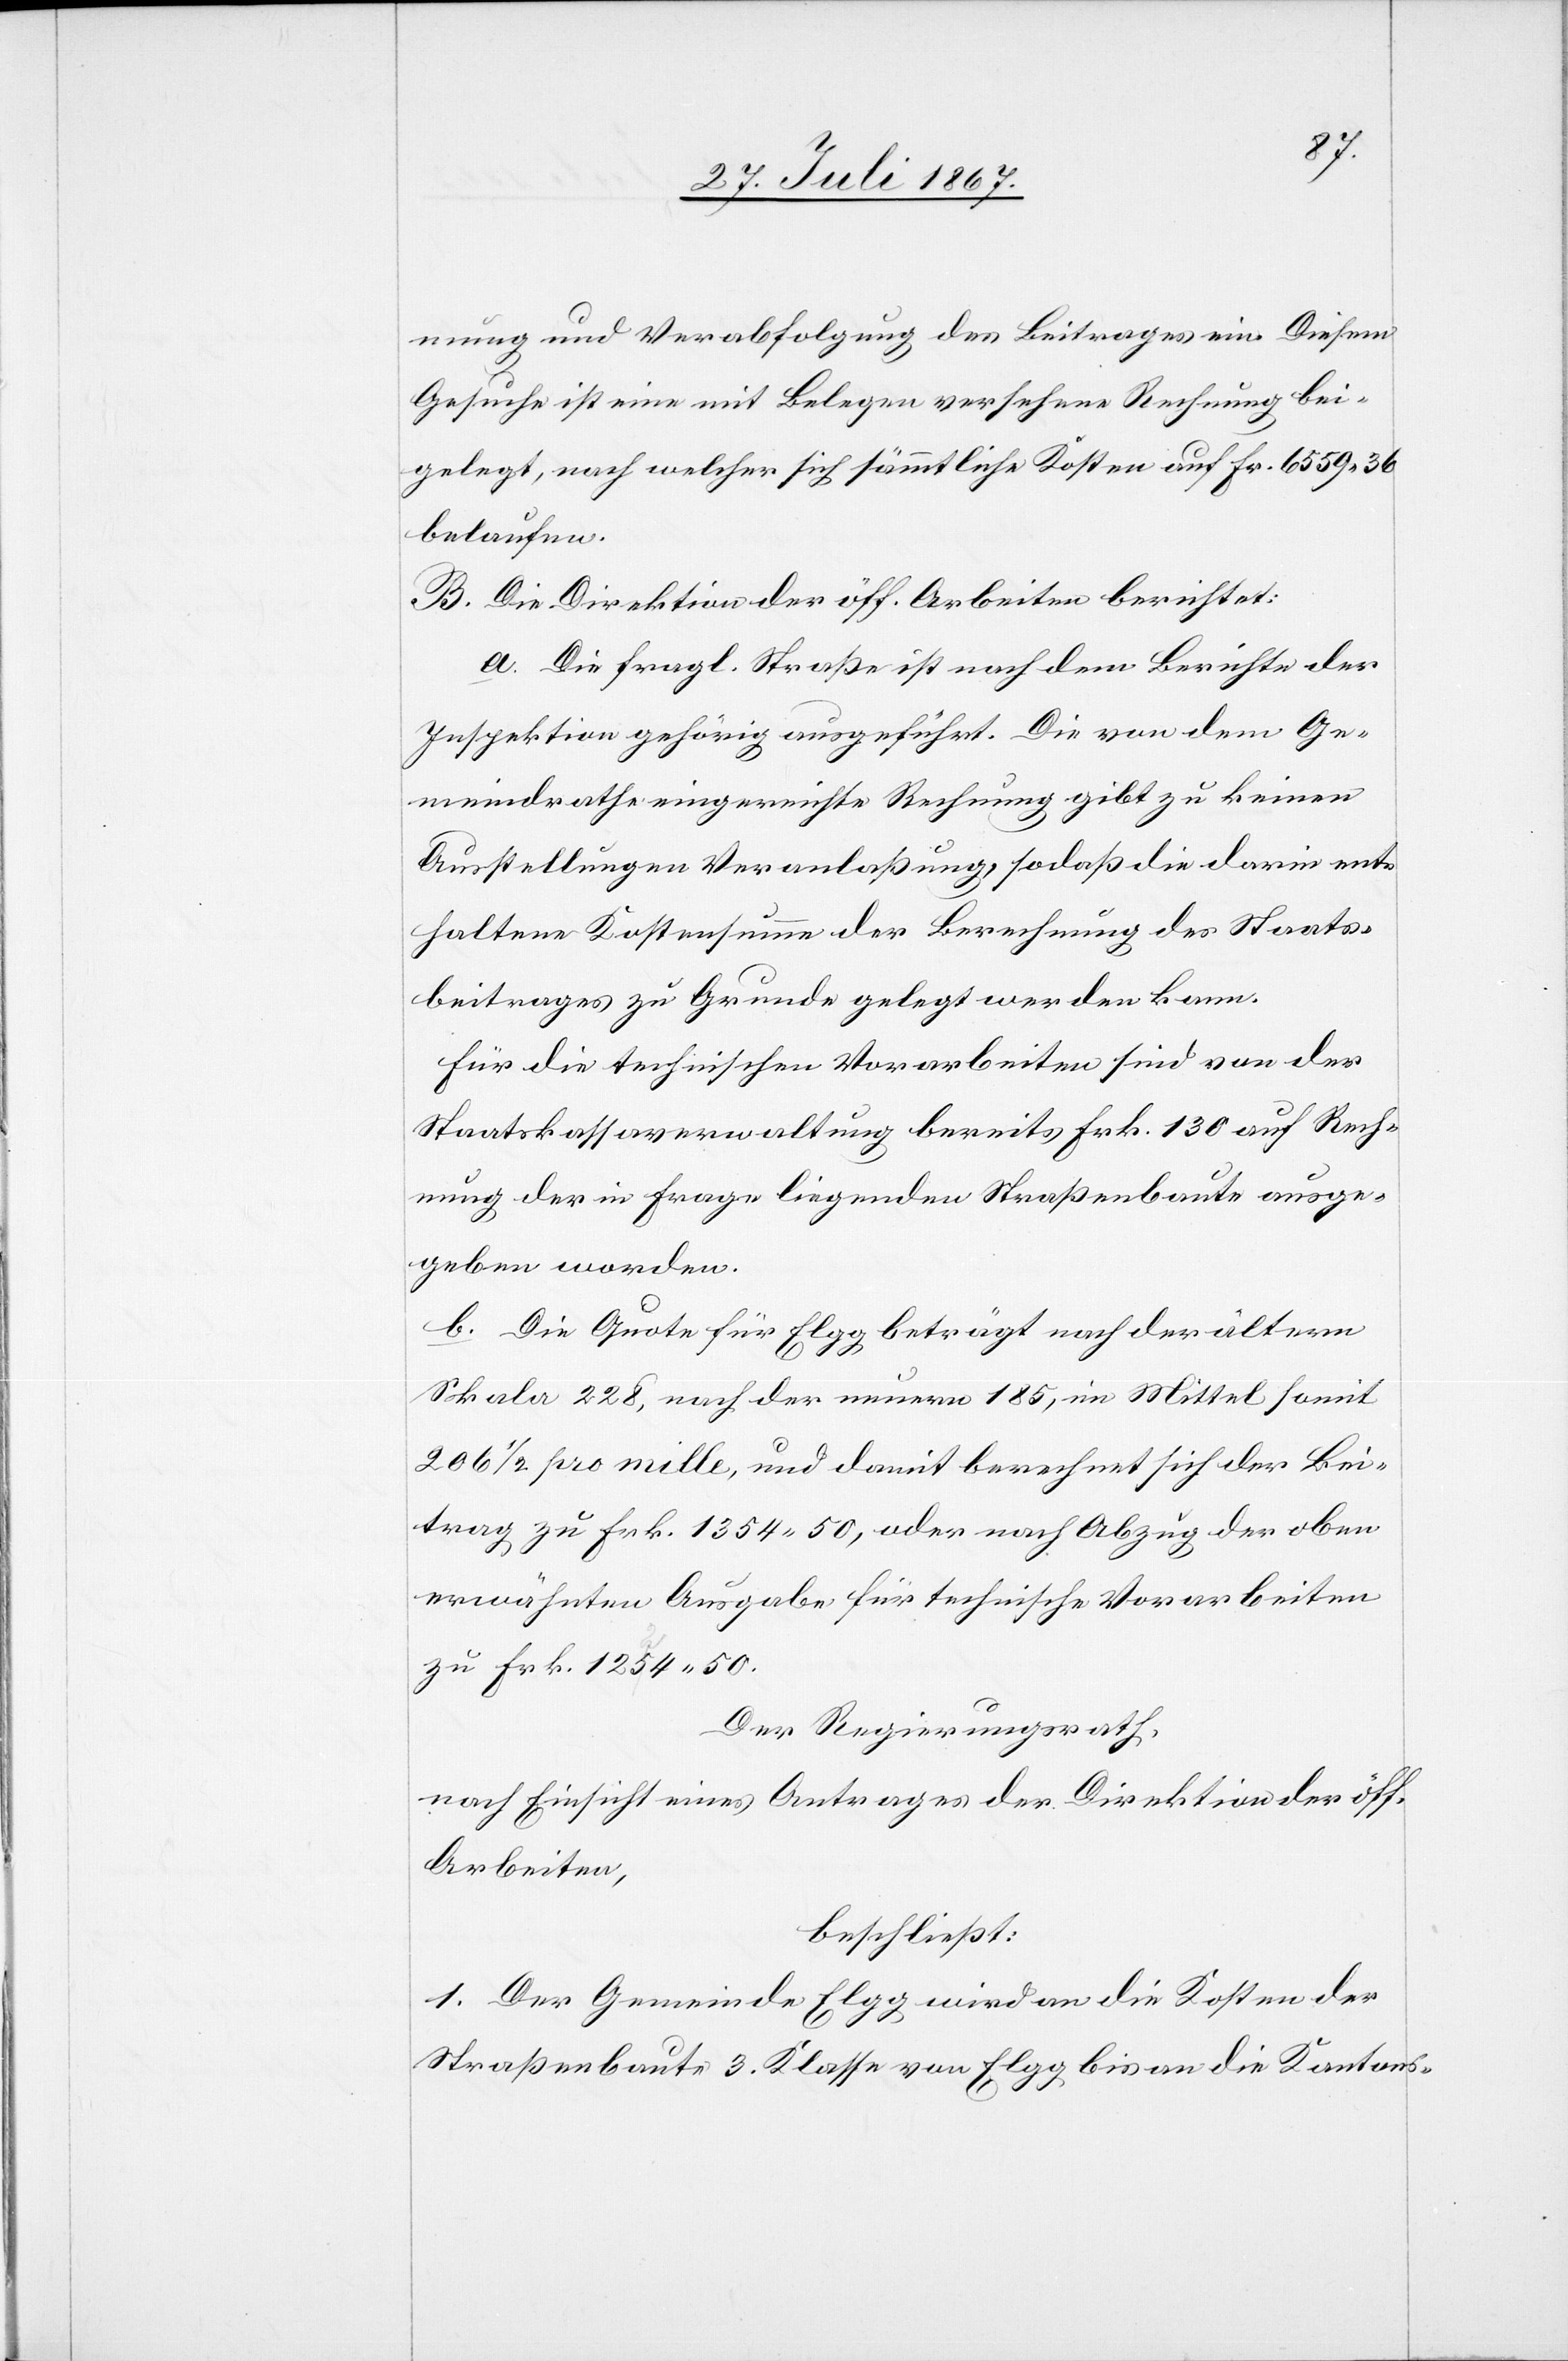
mung und Verabfolgung des Beitrages ein. Diesem
Gesuche ist eine mit Belegen versehene Rechnung bei¬
gelegt, nach welcher sich sämmtliche Kosten auf Fr. 6559.36
belaufen.
B. Die Direktion der öff. Arbeiten berichtet:
a. die fragl. Straße ist nach dem Berichte der
Inspektion gehörig ausgeführt. Die von dem Ge¬
meindrathe eingereichte Rechnung gibt zu keiner
Anstellung Veranlaßung, sodaß die darin ent¬
haltene Kostensumme der Berechnung des Staats¬
beitrages zu Grunde gelegt werden kann.
Für die technischen Vorarbeiten sind von der
Staatskassaverwaltung bereits Frk. 130 auf Rech¬
nung der in Frage liegenden Straßenbaute ausge¬
geben worden.
b. Die Quote für Elgg beträgt nach der ältern
Skala 228, nach der neuern 185, im Mittel somit
206 1/2 pro mille, und damit berechnet sich der Bei¬
trag zu Frk. 1354.50, oder nach Abzug der oben
erwähnten Ausgabe für technische Vorarbeiten
zu Frk. 1254.50.
Der Regierungsrath,
nach Einsicht eines Antrages der Direktion der öff.
Arbeiten,
beschließt:
1. Der Gemeinde Elgg wird an die Kosten der
Straßenbaute 3. Klasse von Elgg bis an die Kantons-